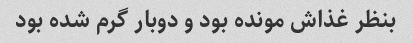
بنظر غذاش مونده بود و دوبار گرم شده بود